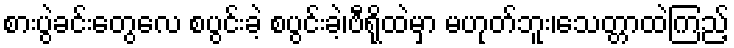
စားပွဲခင်းတွေလေ စပွင်းခဲ့ စပွင်းခဲ့၊ဗီရိုထဲမှာ မဟုတ်ဘူး၊သေတ္တာထဲကြည့်